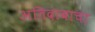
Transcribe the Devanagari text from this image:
अतिदाबाचा